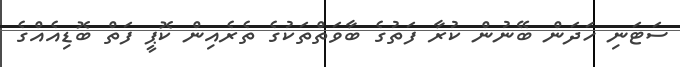
ސަޓަނި ހަދަން ބޭނުން ކުރާ ފަތުގެ ބާވަތްތަކުގެ ތެރެއިން ކޮޕީ ފަތް ބޮޑިއެއްގެ